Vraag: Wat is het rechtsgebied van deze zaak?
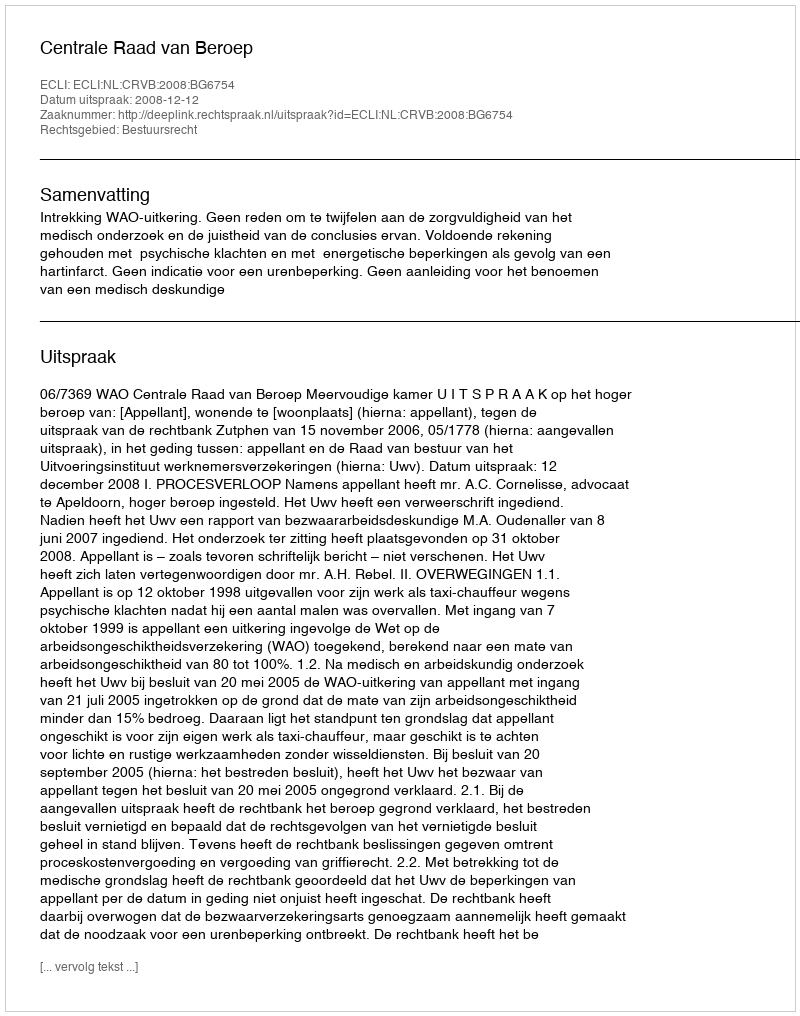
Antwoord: Bestuursrecht